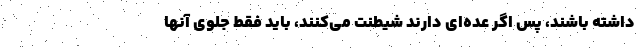
داشته باشند، پس اگر عده‌ای دارند شیطنت می‌کنند، باید فقط جلوی آنها